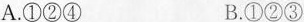
A. ①②④ B. ①②③